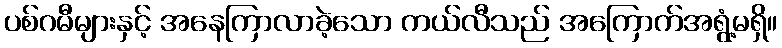
ပစ်ဂမီများနှင့် အနေကြာလာခဲ့သော ကယ်လီသည် အကြောက်အရွံ့မရှိ။